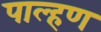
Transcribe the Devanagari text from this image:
पाल्हण